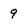
Character: 9